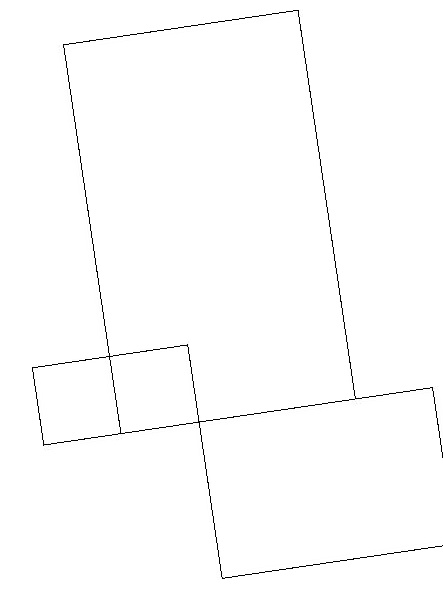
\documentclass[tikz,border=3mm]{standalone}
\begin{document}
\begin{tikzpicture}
\draw (1,18) rectangle (4,13);
\draw (2,14) rectangle (0,13);
\draw (5,11) rectangle (2,13);
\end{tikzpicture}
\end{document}